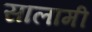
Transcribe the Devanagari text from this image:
सालामी